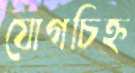
যোগচিহ্ন